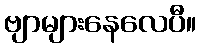
ဗျာများနေလေပီ။